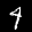
Label: 4